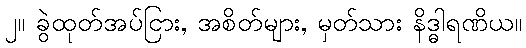
၂။ ခွဲထုတ်အပ်ငြား, အစိတ်များ, မှတ်သား နိဒ္ဓါရဏိယ။